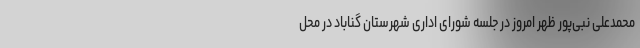
محمدعلی نبی‌پور ظهر امروز در جلسه شورای اداری شهرستان گناباد در محل